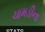
ચામડીના